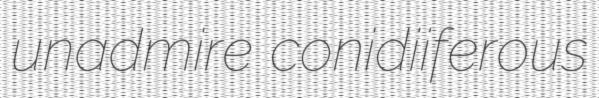
unadmire conidiiferous